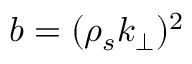
b = ( \rho _ { s } k _ { \perp } ) ^ { 2 }